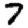
Digit: 7